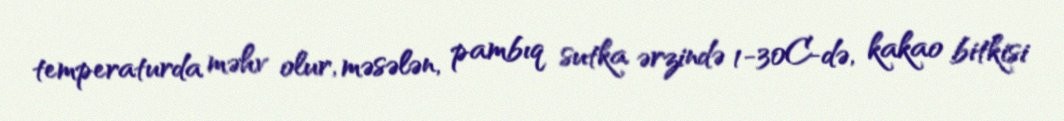
temperaturda məhv olur, məsələn, pambıq sutka ərzində 1-30C-də, kakao bitkisi